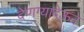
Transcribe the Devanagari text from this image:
देणग्यादेऊन